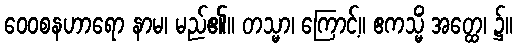
ဝေဝစနဟာရော နာမ၊ မည်၏။ တသ္မာ၊ ကြောင့်။ ဧကသ္မိံ အတ္ထေ၊ ၌။